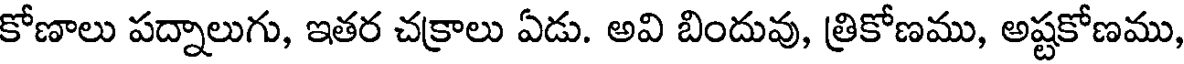
కోణాలు పద్నాలుగు, ఇతర చక్రాలు ఏడు. అవి బిందువు, త్రికోణము, అష్టకోణము,